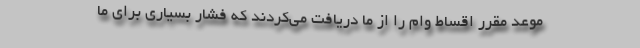
موعد مقرر اقساط وام را از ما دریافت می‌کردند که فشار بسیاری برای ما